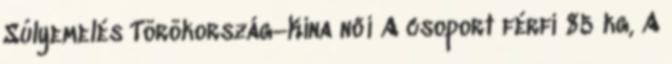
Súlyemelés Törökország–Kína női A csoport férfi 85 kg, A